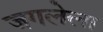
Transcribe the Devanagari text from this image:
जगलेला